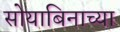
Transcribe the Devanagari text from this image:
सोयाबिनाच्या